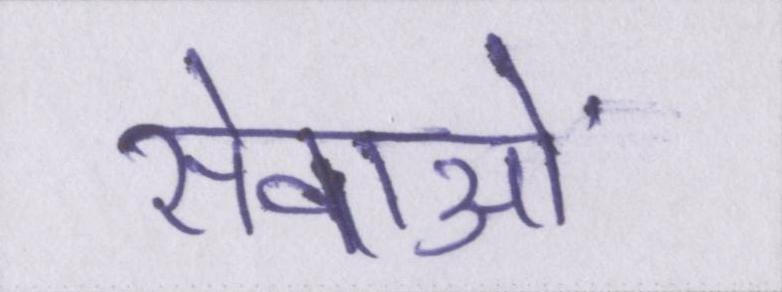
सेवाओं